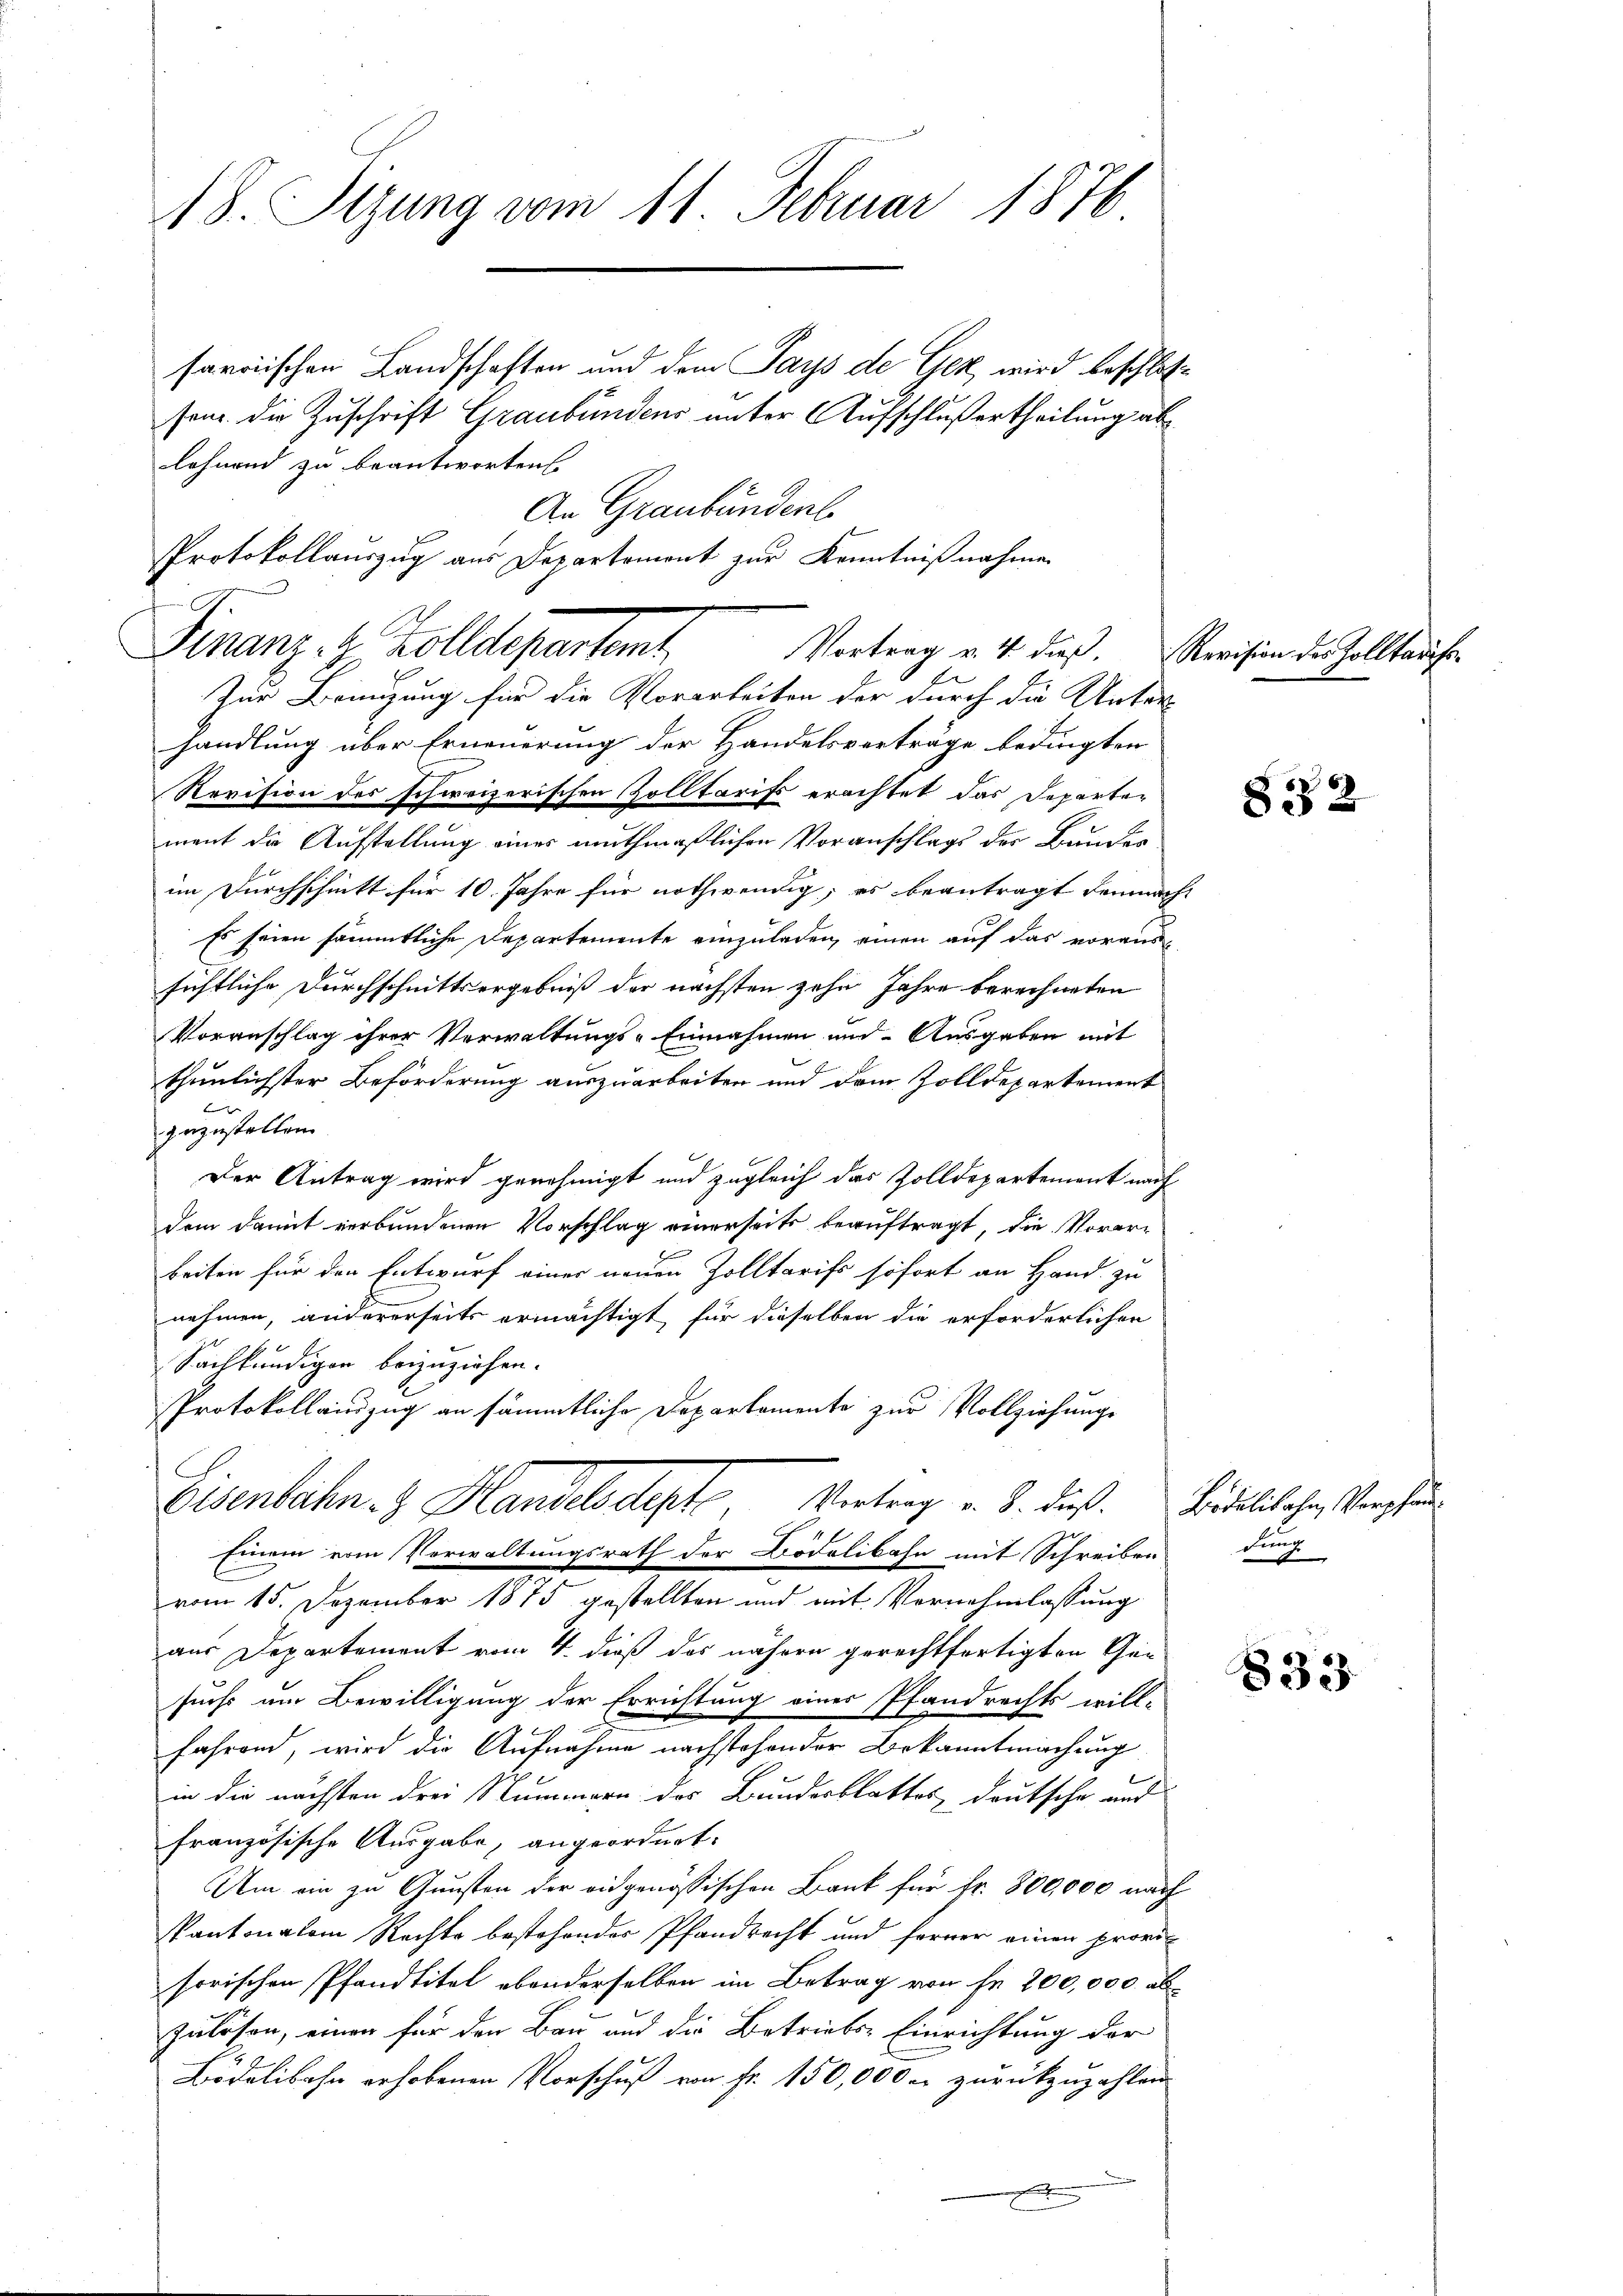
sarrischen Landschaften und dem Pays de Gek wird beschloß
sen. Die Zuschrift Graubündens unter Aufschluß ertheilung ab
lehnend zu beantworten.
Zur Branzung für die Vorarbeiten der durch die Unter-
handlung über Erneuerung der Handelsverträge bedingten
Revision des schweizerischen Zolltarifs erachtet das Departement die Aufstellung einer muthmaßlichen Voranschlags der Bauder
im Durchschnitt für 10. Jahre für nothwendig; es beantragt demnach
Es seien sämmtliche Departemente einzuladen, einen auf das voraussichtliche Durchschnittsergebniß der nächsten zehn Jahre berechneten
Voranschlag ihrer Verwaltungs-Einnahmen und Ausgaben mit
thunlichster Beförderung auszuarbeiten und dem Zolldepartement
zuzustellen.
Der Antrag wird genehmigt und zugleich das Zolldepartement nach
dem damit verbundenen Vorschlag einerseits beauftragt, die Vorarbeiten für den Entwurf einer neuen Zolltarifs sofort an Hand zu
nehmen, andererseits ermächtigt für dieselben die erforderlichen
Sachkundigen beizuziehen.
Protokollauszug an sämmtliche Departamente zur Vollziehungs
Eisenbahn. Handelsdept Vertrag v. J. des Fidelibache, Verglei
Einem vom Verwaltungsrath der Bödelibahn mit Schreiben
vom 15. Dezember 1875 gestellten und mit Vornahmlassung
aus Departement vom 4. dieß das nähern gerechtfertigten Gei
suchs um Bewilligung der Errichtung einer Pfandrechts will-
fahrend, wird die Aufnahme nachstehender Bekanntmachung
in die nächsten drei Stummern des Bundesblattes deutsche und
französische Ausgabe, angeordnet.
Um ein zu Gunsten der eidgenössischen Bank für fr. 800,000 nach
Pantonalem Rechte bestehender Pfandrecht und ferner einen provisorischen Pfandtitel ebenderselben im Betrag von je 200,000 abzulösen, einen für den Bau und die Betriebs-Einrichtung der
Bödelibahn erhobenen Vorschuß von Fr. 150,000 er zurückzuzahlen

18. Sizung vom 11. Februar 1876

An Graubündenb
Protokollauszug aus Departement zur Kenntnißnahmen
Finanz. Z. Zolldepartemt Vortrag v. 4. dieß. Servision des Zollaufe

1

8382

dung

833